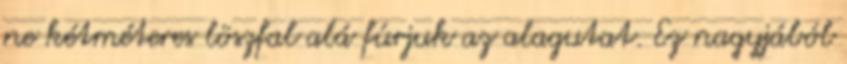
ne kétméteres löszfal alá fúrjuk az alagutat. Ez nagyjából